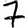
Digit: 7